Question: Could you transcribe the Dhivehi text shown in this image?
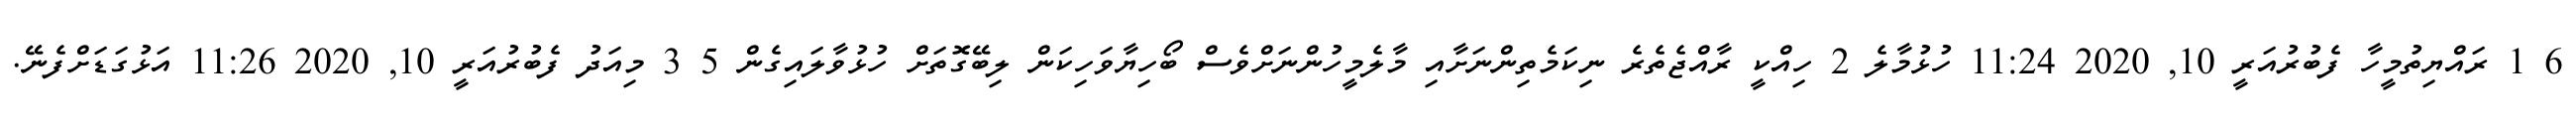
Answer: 6 1 ރައްޔިތުމީހާ ފެބުރުއަރީ 10, 2020 11:24 ހުޅުމާލެ 2 ހިއްކީ ރާއްޖެތެރެ ނިކަމެތިންނަށާއި މާލެމީހުންނަށްވެސް ބޯހިޔާވަހިކަން ލިބޭގޮތަށް ހުޅުވާލައިގެން 5 3 މިއަދު ފެބުރުއަރީ 10, 2020 11:26 އަޅުގަޑަށްފެނޭ.